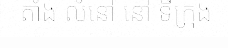
តាំង លំនៅ នៅ ទីក្រុង